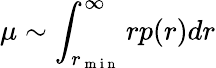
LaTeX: \mu\sim\int_{r_{\mathrm{~m~i~n~}}}^{\infty}rp(r)dr